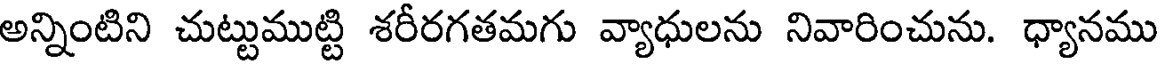
అన్నింటిని చుట్టుముట్టి శరీరగతమగు వ్యాధులను నివారించును. ధ్యానము